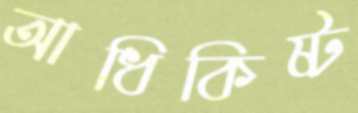
আধিকিষ্ট